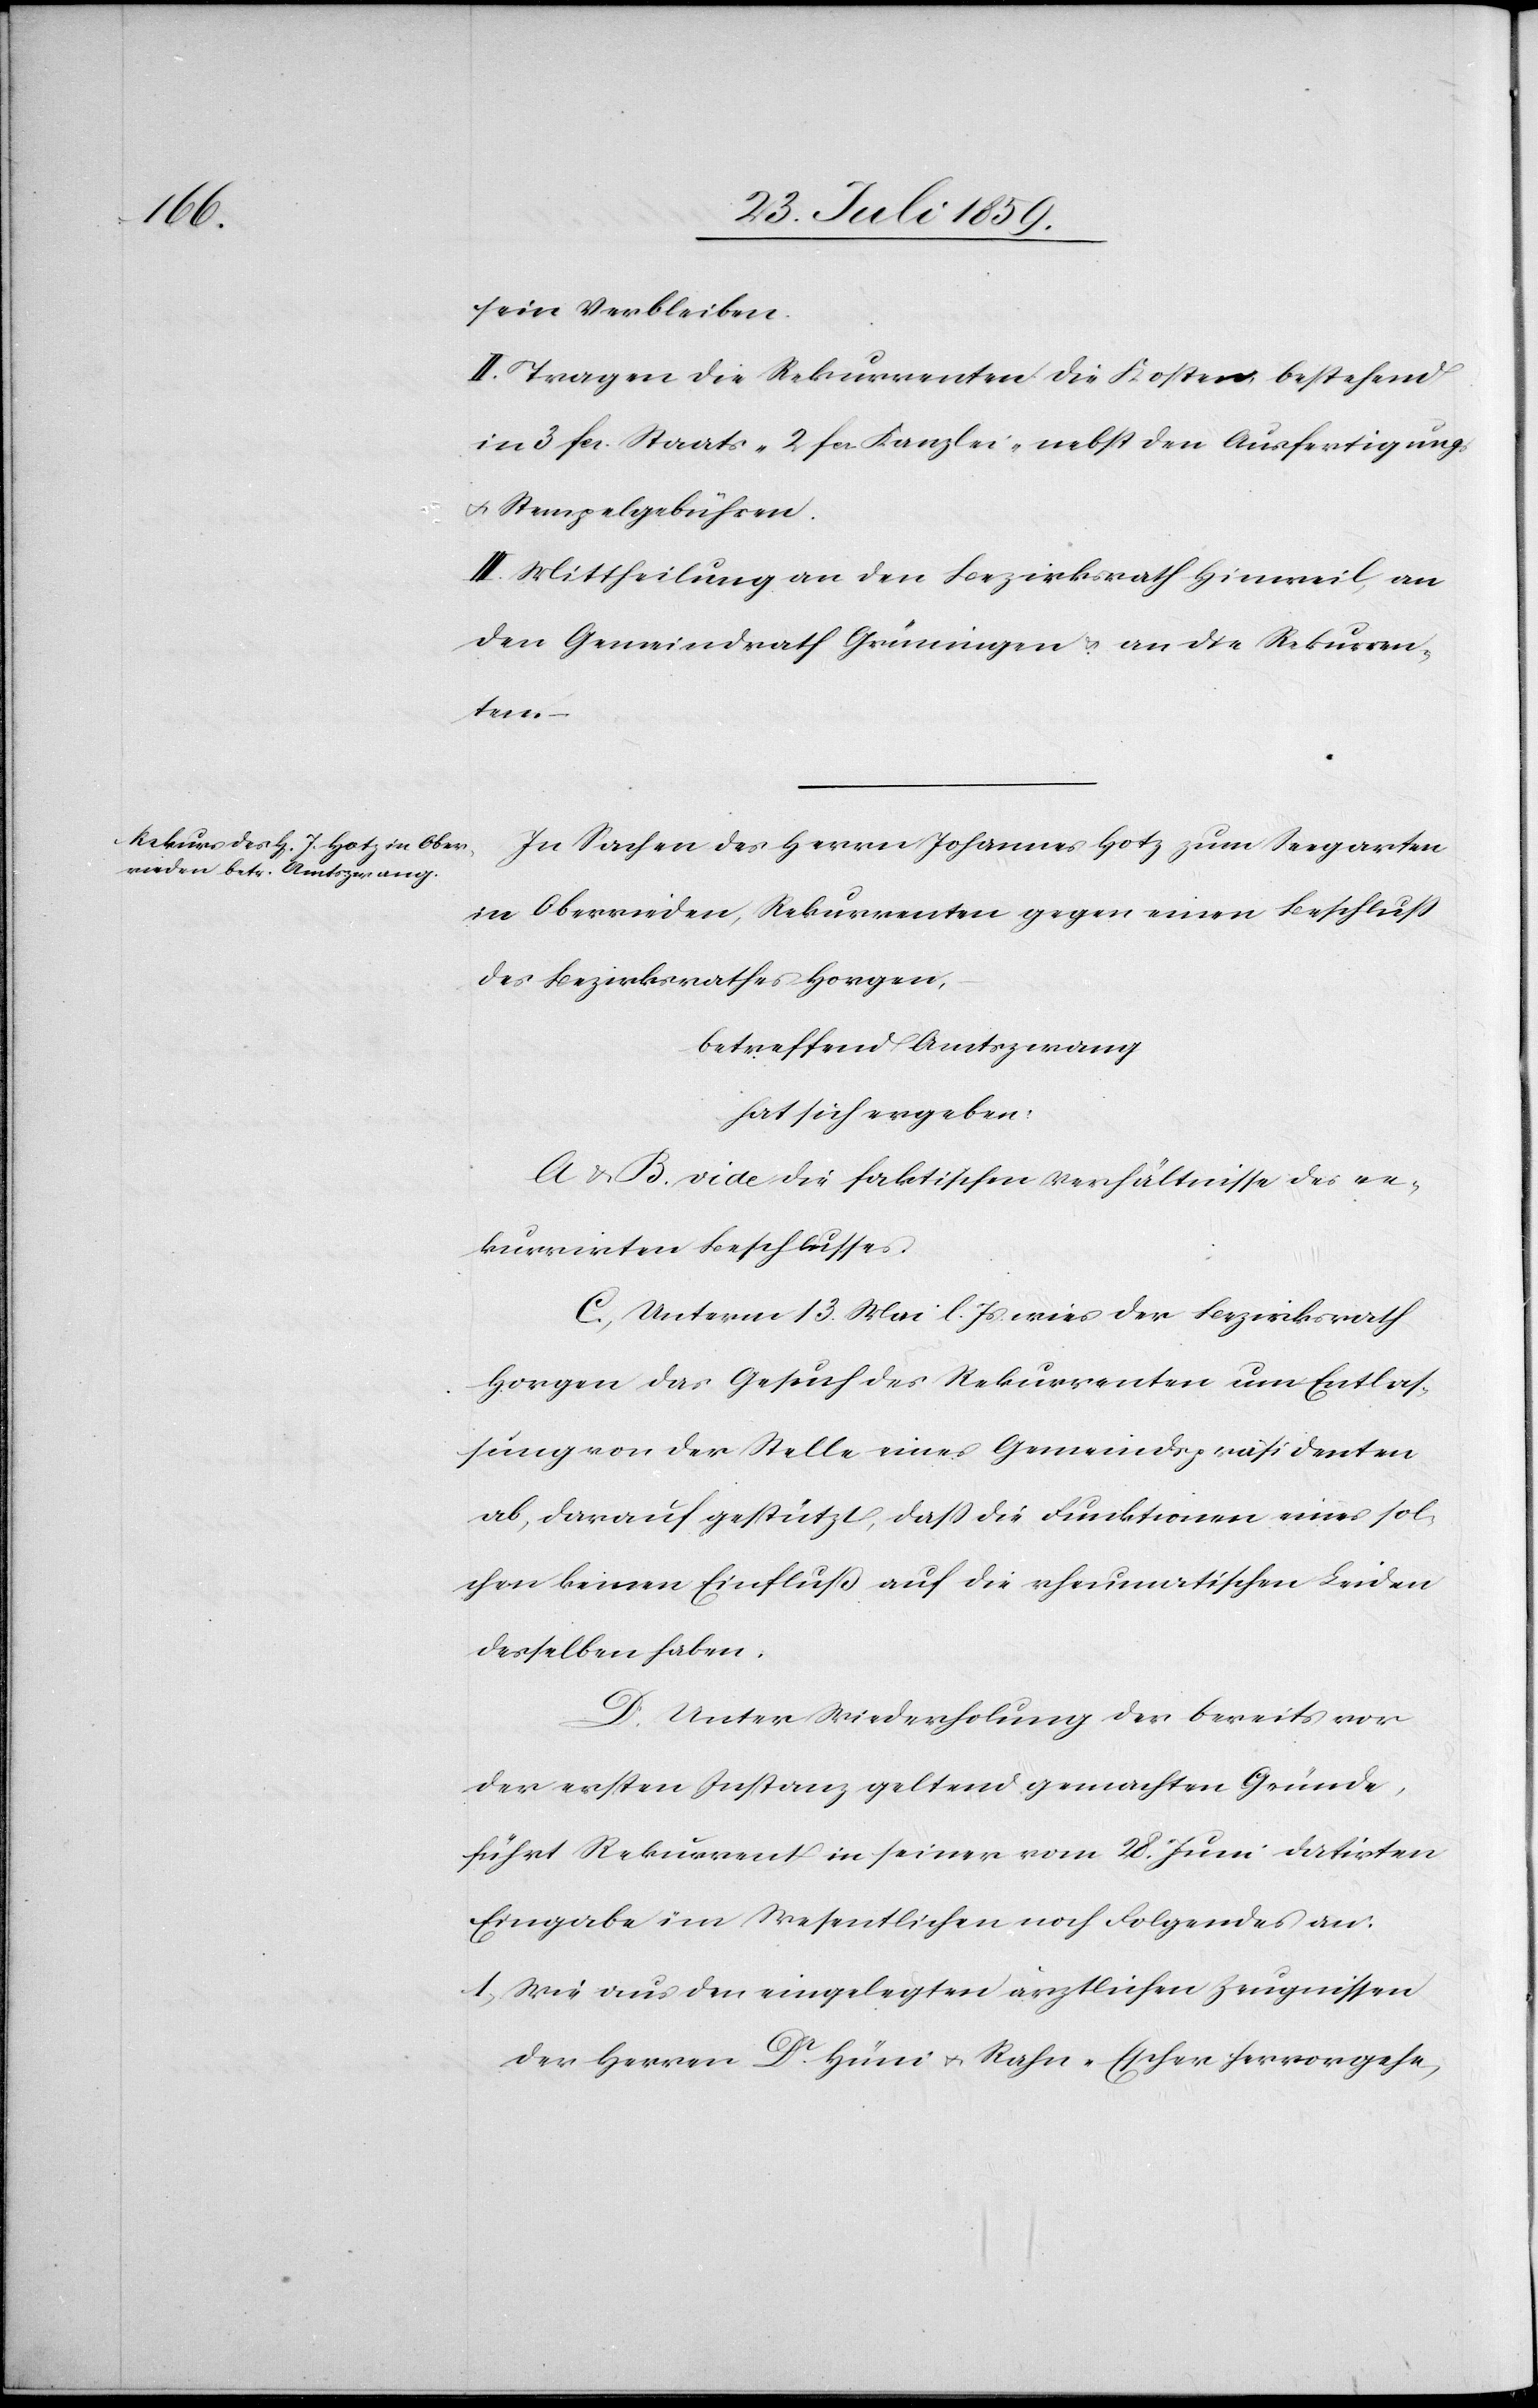
sein Verbleiben.
II. Tragen die Rekurrenten die Kosten bestehend
in 3 fcs. Staats- 2 fcs. Kanzlei- nebst den Ausfertigungs-
u. Stempelgebühren.
III. Mittheilung an den Bezirksrath Hinweil, an
den Gemeindrath Grüningen u. an die Rekurren¬
ten.
In Sachen des Herrn Johannes Hotz zum Seegarten
in Oberrieden, Rekurrenten gegen einen Beschluß
des Bezirksrathes Horgen,
betreffend Amtszwang
hat sich ergeben:
A u. B. vide die faktischen Verhältnisse des re¬
kurrirten Beschlusses
C. Unterm 13. Mai l. Js. wies der Bezirksrath
Horgen das Gesuch des Rekurrenten um Entlas¬
sung von der Stelle eines Gemeindspräsidenten
ab, darauf gestützt, daß die Funktionen eines sol¬
chen keinen Einfluß auf die rheumatischen Leiden
desselben haben.
D. Unter Wiederholung der bereits vor
der ersten Instanz geltend gemachten Gründe,
führt Rekurrent in seiner vom 28. Juni datirten
Eingabe im Wesentlichen noch Folgendes an:
1. Wie aus den eingelegten ärztlichen Zeugnissen
der Herren Dr. Hüni u. Rahn-Escher hervorgehe,